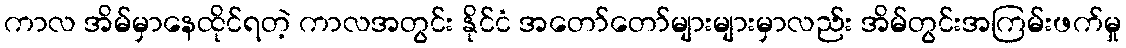
ကာလ အိမ်မှာနေထိုင်ရတဲ့ ကာလအတွင်း နိုင်ငံ အတော်တော်များများမှာလည်း အိမ်တွင်းအကြမ်းဖက်မှု